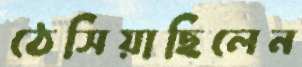
ঠেসিয়াছিলেন